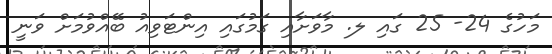
މަހުގެ 24- 25 ގައި ލ. މާވަށާއި ގަމުގައި އިންޓަވިއު ބޭއްވުމަށް ވަނީ